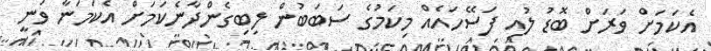
އެކަމަށް ވަރަށް ބޮޑު ލުއި ފަސޭހައެއް މިކަމުގެ ސަބަބުން ލިބިގެންދާނެކަމަށް އެކަމަނާ ވަނީ